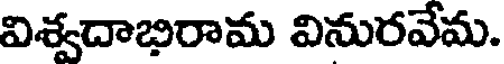
విశ్వదాభిరామ వినురవేమ.